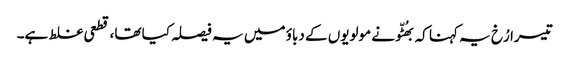
تیسرا رُخ یہ کہنا کہ بھُٹّو نے مولویوں کے دباؤ میں یہ فیصلہ کیا تھا، قطعی غلط ہے۔